Punjab Mental Hospital Lahore 1922-31 - 1922-1931
Year: 1922
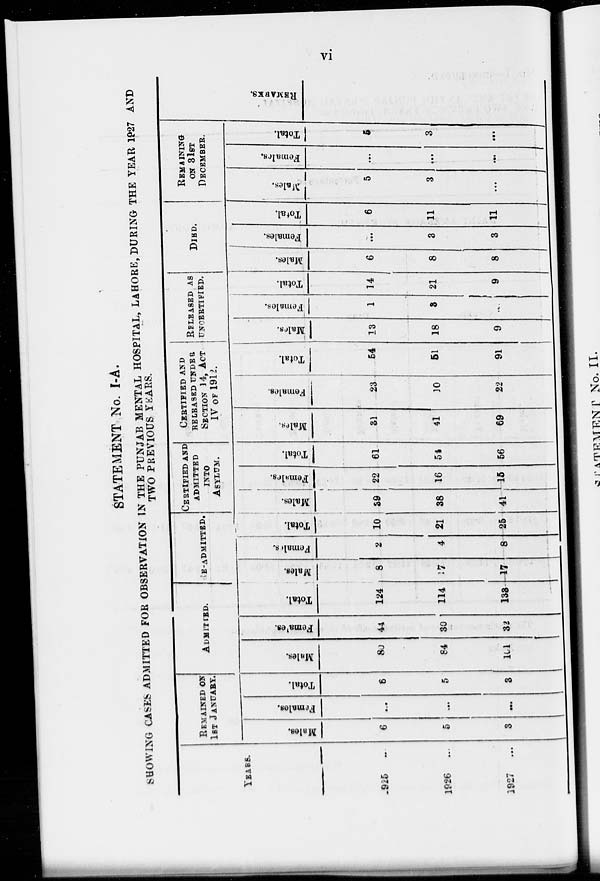
vi
STATEMENT No. I-A.
SHOWING CASES ADMITTED FOR OBSERVATION IN THE PUNJAB MENTAL HOSPITAL, LAHORE, DURING THE YEAR 1927 AND
TWO PREVIOUS YEARS.
YEARS.
1925 ...
1926
...
1927 ...
REMAINED ON
1ST JANUARY.
Males.
6
5
3
Females.
...
...
...
Total.
6
5
3
ADMITTED.
Males.
80
84
101
Females.
44
30
32
Total.
124
114
133
RE-ADMITTED
Males.
8
17
17
Females.
2
4
8
Total.
10
21
25
CERTIFIED AND
ADMITTED
INTO
ASYLUM.
Males.
39
38
41
Females.
22
16
15
Total.
61
54
56
CERTIFIED AND
RELEASED UNDER
SECTION 14, ACT
IV OF 1912.
Males.
31
41
69
Females.
23
10
22
Total.
54
51
91
RELEASED AS
UNCERTIFIED.
Males.
13
18
9
Females.
1
3
...
Total.
14
21
9
DIED.
Males.
6
8
8
Females.
...
3
3
Total
6
11
11
REMANING
ON 31ST
DECEMBER.
Males.
5
3
...
Females.
...
...
...
Total.
5
3
...
REMARKS.